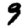
Digit: 9